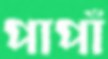
পাপাঁ